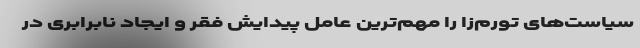
سیاست‌های تورم‌زا را مهم‌ترین عامل پیدایش فقر و ایجاد نابرابری در